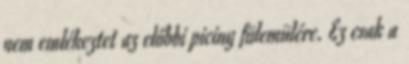
nem emlékeztet az előbbi piciny fülemülére. Ez csak a